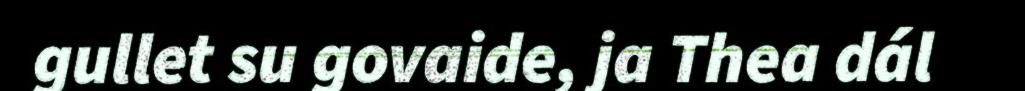
gullet su govaide, ja Thea dál